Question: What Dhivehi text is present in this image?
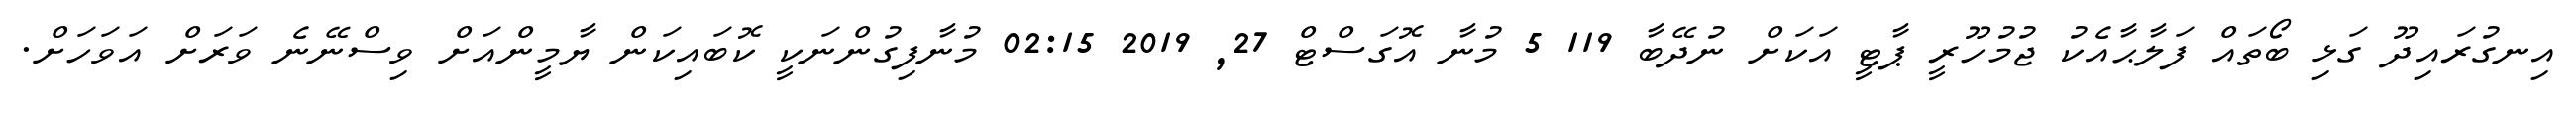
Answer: އިނގުރައިދޫ ގަޅި ބޯތައް ފަލާޙާއެކު ޖުމުހޫރީ ޕާޓީ އަކަށް ނުދޭބާ 119 5 މުނާ އޮގަސްޓް 27, 2019 02:15 މުނާފިގުންނަކީ ކޮބައިކަން ޔާމީންއަށް ވިސްނޭނެ ވަރަށް އަވަހަށް.